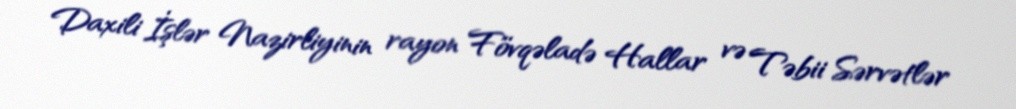
Daxili İşlər Nazirliyinin rayon Fövqəladə Hallar və Təbii Sərvətlər